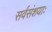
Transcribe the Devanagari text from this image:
सर्वसंशयाः